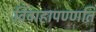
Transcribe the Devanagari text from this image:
विवाहापण्णति